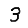
Digit: 3